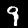
Digit: 9